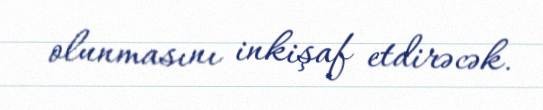
olunmasını inkişaf etdirəcək.